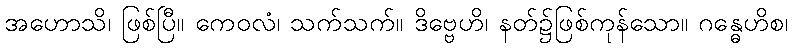
အဟောသိ၊ ဖြစ်ပြီ။ ကေဝလံ၊ သက်သက်။ ဒိဗ္ဗေဟိ၊ နတ်၌ဖြစ်ကုန်သော။ ဂန္ဓေဟိစ၊